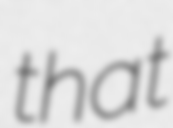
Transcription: that